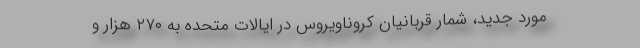
مورد جدید، شمار قربانیان کروناویروس در ایالات متحده به ۲۷۰ هزار و